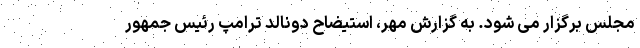
مجلس برگزار می شود. به گزارش مهر، استیضاح دونالد ترامپ رئیس جمهور